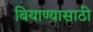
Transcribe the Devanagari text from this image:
बियाण्यासाठी